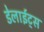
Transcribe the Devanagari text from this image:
डेलाईट्स